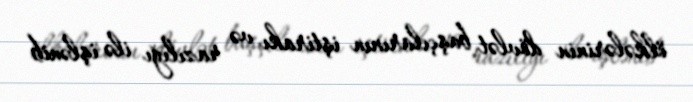
ölkələrinin dövlət başçılarının iştirakı və razılığı ilə işlənib